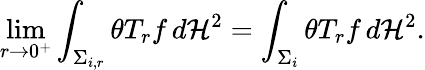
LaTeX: \operatorname*{lim}_{r\to 0^{+}}\int_{\Sigma_{i,r}}\theta T_{r}f\, d\mathcal H^{2}=\int_{\Sigma_{i}}\theta T_{r}f\, d\mathcal H^{2}.